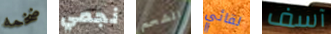
ضخمه نجمي الشحم لقائي آسف